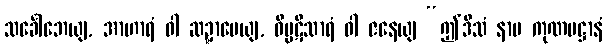
သင်္ခေါဘေယျ, အာဟာရံ ဝါ ဆဍ္ဍာပေယျ, ဝိပ္ပဋိသာရံ ဝါ ဇနေယျ “ဤဒိသံ နာမ ကုဏပဋ္ဌာနံ